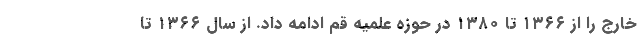
خارج را از ۱۳۶۶ تا ۱۳۸۰ در حوزه علمیه قم ادامه داد. از سال ۱۳۶۶ تا